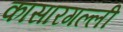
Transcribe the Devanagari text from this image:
कासारगल्ली